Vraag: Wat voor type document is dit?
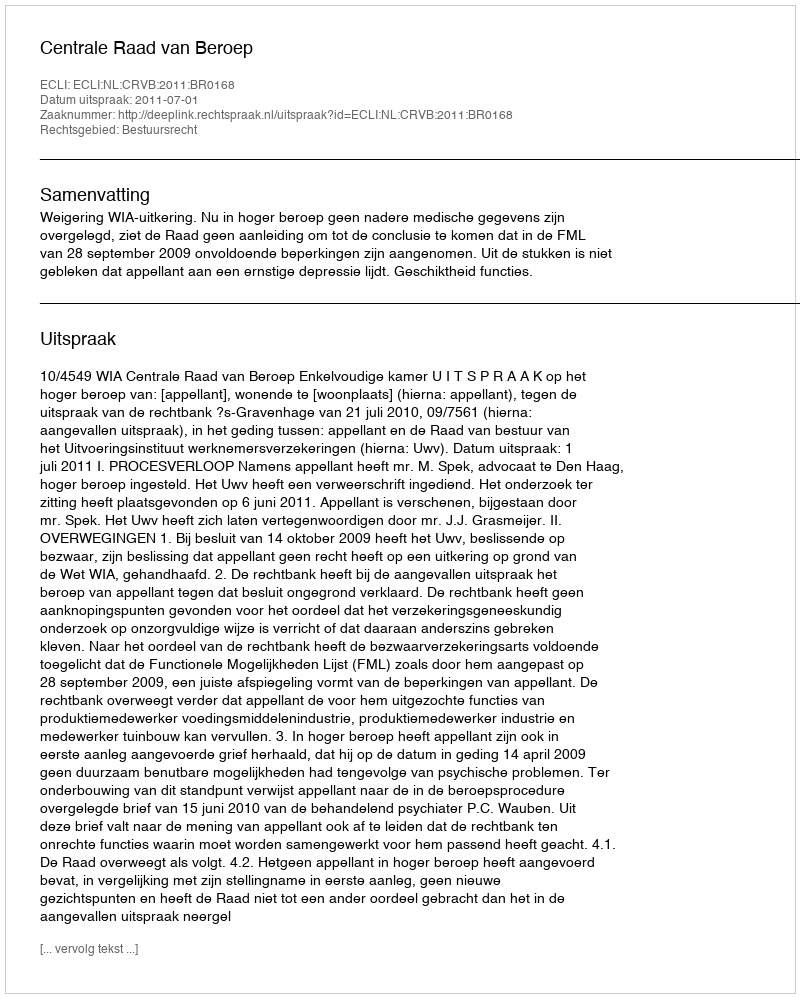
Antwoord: Uitspraak